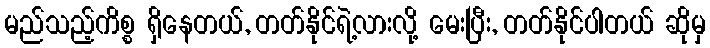
မည်သည့်ကိစ္စ ရှိနေတယ်, တတ်နိုင်ရဲ့လားလို့ မေးပြီး, တတ်နိုင်ပါတယ် ဆိုမှ